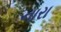
નારા